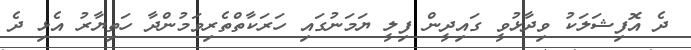
ދެ އޮފިޝަލަކު ވިދާޅުވީ ގައިދީން ފިލީ ޔަމަނުގައި ހަރަކާތްތެރިވަމުންދާ ހަތިޔާރު އެޅި ދެ